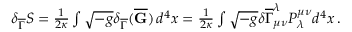
\begin{array} { r } { \delta _ { \overline { { \Gamma } } } S = \frac { 1 } { 2 \kappa } \int \sqrt { - g } \delta _ { \overline { { \Gamma } } } ( \overline { { \mathbf { G } } } ) \, d ^ { 4 } x = \frac { 1 } { 2 \kappa } \int \sqrt { - g } \delta \overline { { \Gamma } } _ { \mu \nu } ^ { \lambda } P ^ { \mu \nu } _ { \lambda } d ^ { 4 } x \, . } \end{array}